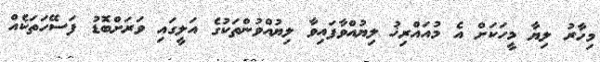
މިހާރު ލިޔާ މީހަކަށް އެ މުއައްރިޚު ލިޔުއްވާފައިވާ ލިޔުއްވުންތަކުގެ އަލީގައި ވަރަށްބޮޑު ފަސޭހަތަކެއް